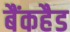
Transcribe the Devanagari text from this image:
बैंकहैड